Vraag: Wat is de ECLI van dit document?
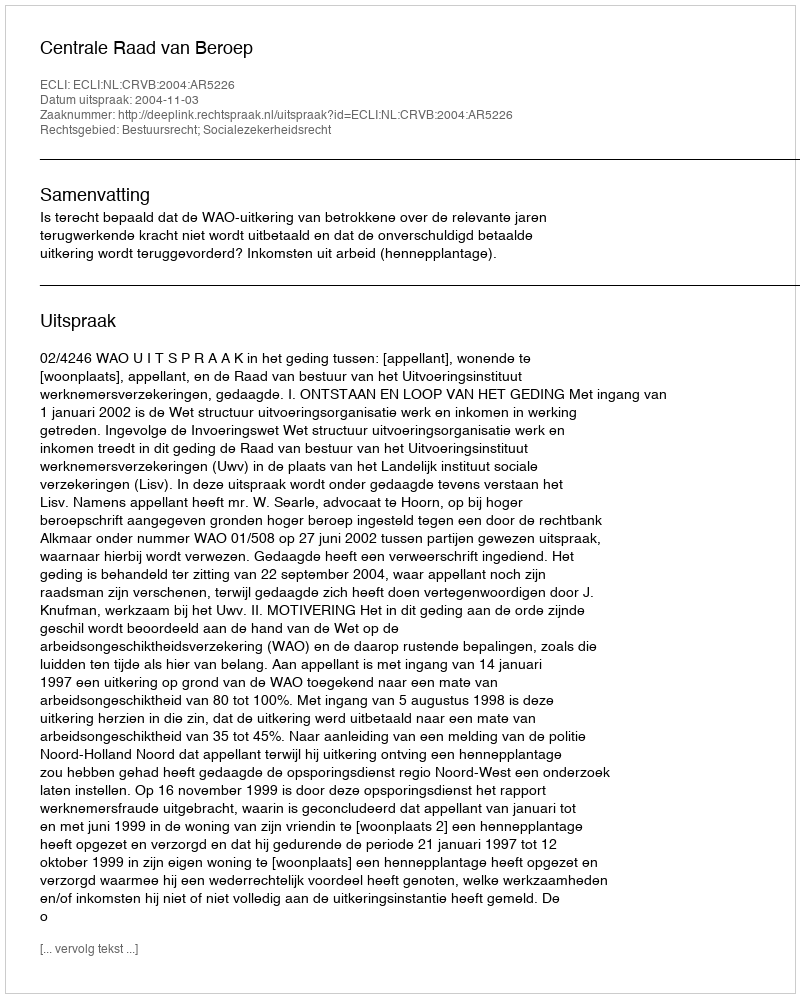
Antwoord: ECLI:NL:CRVB:2004:AR5226